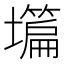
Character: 𡒺